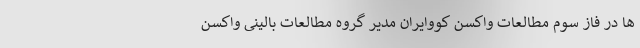
ها در فاز سوم مطالعات واکسن کووایران مدیر گروه مطالعات بالینی واکسن